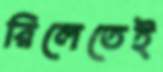
রিলেতেই